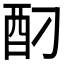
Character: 𮠗